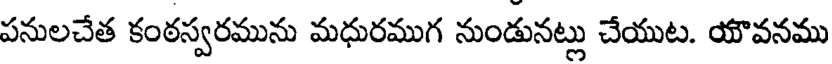
పనులచేత కంఠస్వరమును మధురముగ నుండునట్లు చేయుట. యొవనము